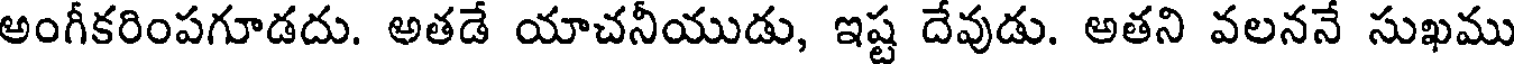
అంగీకరింపగూడదు. అతడే యాచనీయుడు, ఇష్ట దేవుడు. అతని వలననే సుఖము